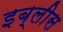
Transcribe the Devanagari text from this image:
इब्लीस